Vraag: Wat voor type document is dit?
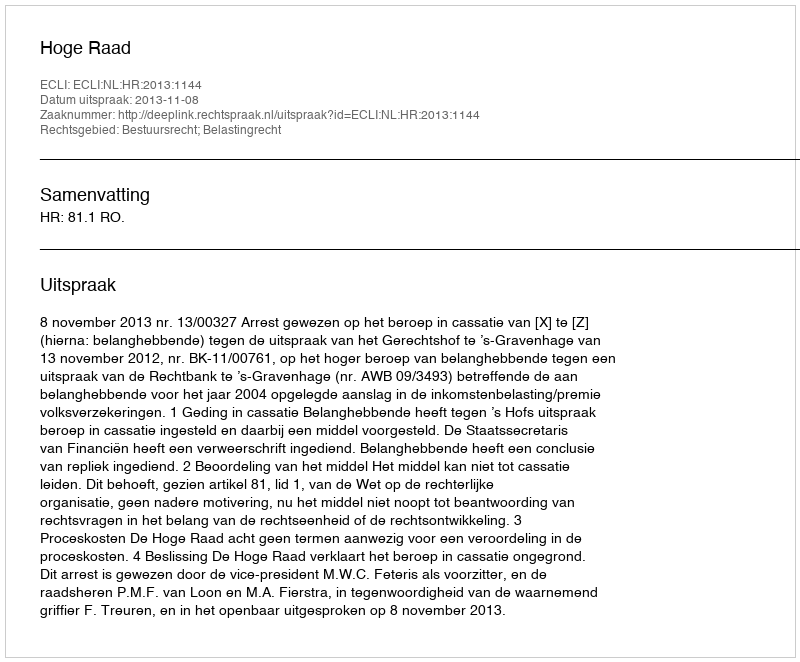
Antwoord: Uitspraak